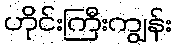
ဟိုင်းကြီးကျွန်း